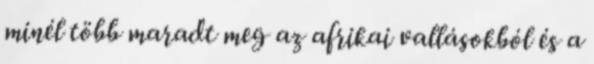
minél több maradt meg az afrikai vallásokból és a